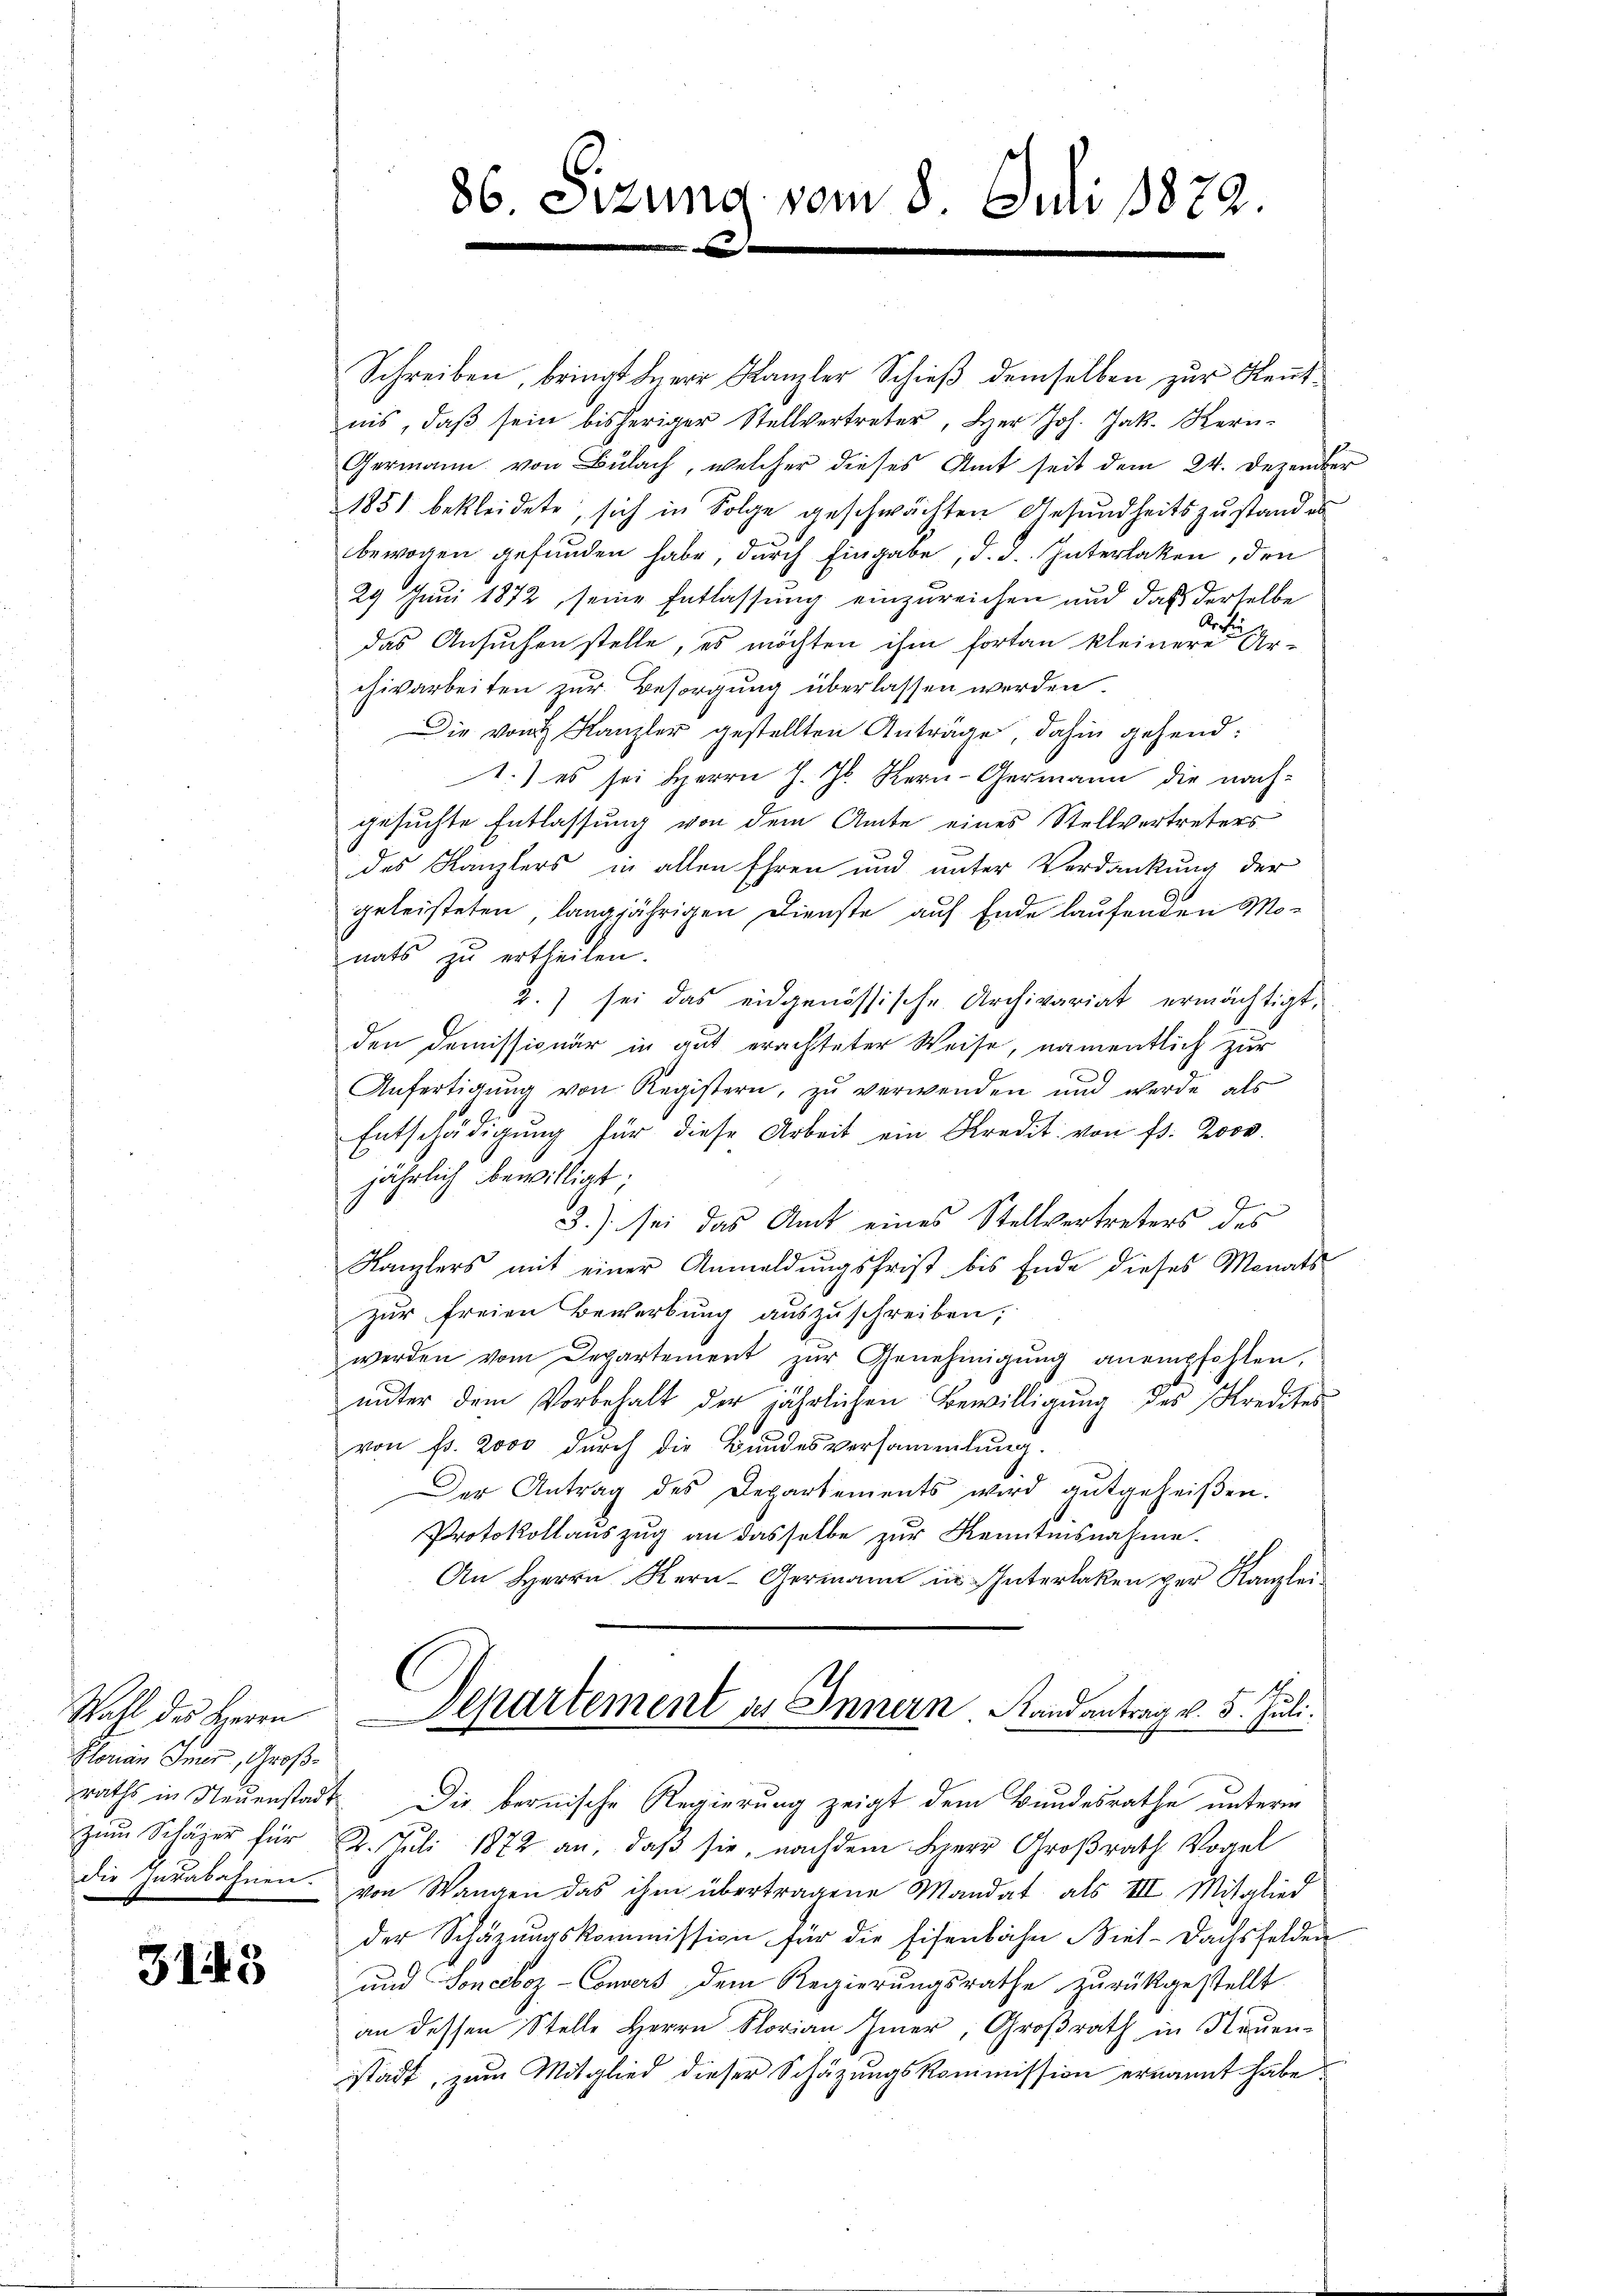
Florian Imer, Großzum Schäzer für
die Zurabahnen.

3143

86. Sizung vom 8. Juli 1872.

Schreiben, bringt der Kanzler Schieß demselben zur Kenntnis, daβ sein bisheriger Stellvertreter, Her Joh. Jak. Kern-
Germann von Bülach, welcher dieses Amt seit dem 24. Dezember
1851 bekleidete, sich in Folge geschwächten Gesundheitszustand es
2
bewogen gefunden habe, durch Eingabe, d. d. Interlaken, den
29 Juni 1872 seine Entlassung einzureichen und daß derselbe
Archi
das Ansuchen stelle, es möchten ihm fortan kleinere Ar-
chivarbeiten zur Besorgung überlassen werden.
Die von Kanzler gestellten Anträge, dahin gehend:
1.) es sei Herrn J. J. Kern-Germann die nachgesuchte Entlassung von dem Amte eines Stellvertreters
des Kanzlers in allen Ehren und unter Verdankung der
geleisteten, langjährigen Dienste auf Ende laufenden Monats zu ertheilen.
2.) sei das eidgenössische Archivariat ermächtigt,
den Demissionär in auf erachteter Weise, namentlich zur
Anfertigŭng von Registern, zŭ verwenden und werde als
Entschädigŭng für diese Arbeit ein Kredit von fr. 2000.
jährlich bewilligt;
2
.
3.) sei das Amt eines Stellvertreters des
Kanzlers mit einer Anmeldungsfrist bis Ende dieses Monats-
Zur freien Bewerbung auszuschreiben,
werden vom Departement zŭr Genehmigŭng anempfohlen,
unter dem Vorbehalt der jährlichen Bewilligung des Kredites
von Fr. 2000 durch die Bundesversammlung.
Der Antrag des Departements wird gutgeheiβen.
Protokollauszug an dasselbe zur Kenntnisnahme.
An Herrn Kern Germann in Interlaken per Kanzlei
Wahl des Herrn Departement des Innern Randantrag v. 5. Juli.
raths in Neŭenstadt. Die bernische Regierung zeigt dem Bundesrathe unterm
2. Juli 1872 an, daß sie, nachdem Herr Großrath Vogel
von Wangen das ihm übertragene Mandat als III. Mitglied
der Schäzungskommission für die Eisenbahn Viel- Dachsfelden
und Sonceboz - Convers dem Regierungsrathe zurückgestellt
an dessen Stelle Herrn Florian hier, Großrath in Stauen-
stadt, zum Mitglied dieser Schätzungskommission ernannt habe.